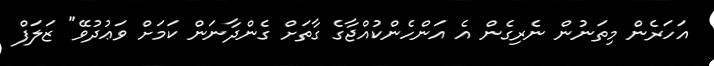
އަހަރެން މިތަނުން ނެރިގެން އެ އަންހެންކުއްޖާގެ ގާތަށް ގެންދާނަން ކަމަށް ވަޢުދުވޭ" ޒަލަފް